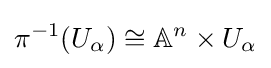
\pi ^{-1}(U_{\alpha })\cong \mathbb {A} ^{n}\times U_{\alpha }